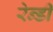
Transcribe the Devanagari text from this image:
रेन्डी